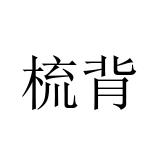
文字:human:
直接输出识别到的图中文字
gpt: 梳背